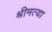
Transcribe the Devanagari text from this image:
श्रीमत्या